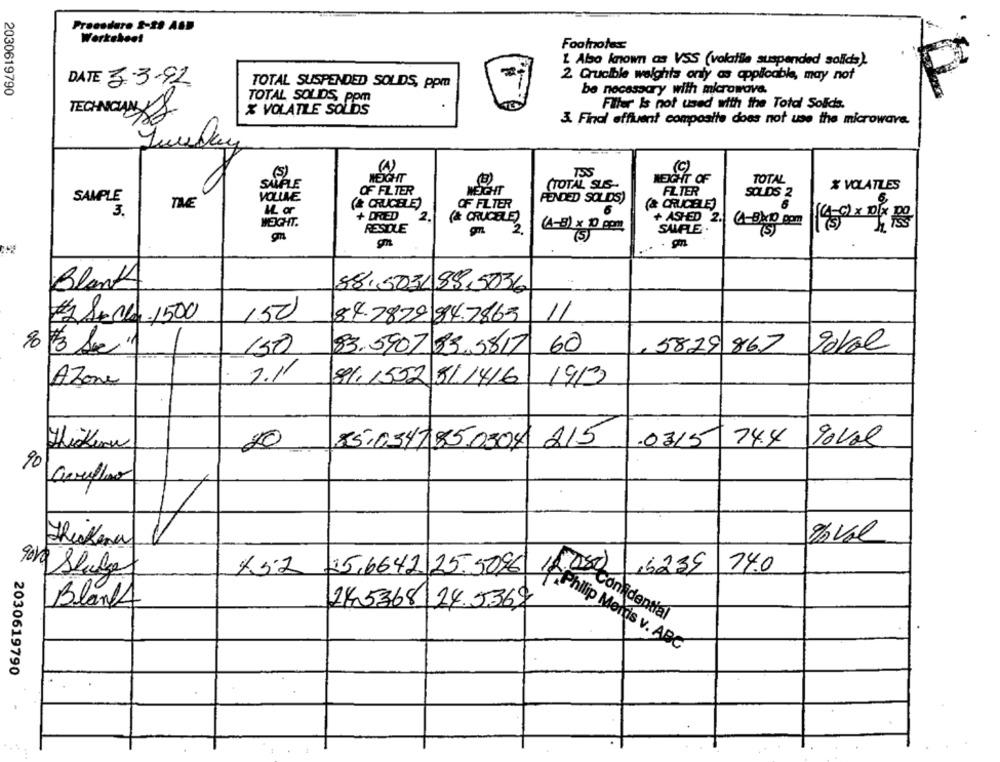
Procedure 2-29 ABD
Worksheet
Footnotex
L Also known as VSS (volatile suspended solids).
2 Crucible weights only as applicable, may not
DATE 3-3-92
TOTAL SUSPENDED SOLDS, ppm
2030619790
be necessary with microwave.
TOTAL SOLIDS, pom
Filter is not used with the Total Solids.
X VOLATILE SOLIDS
3. Final effluent composite does not use the microwave.
(1)
(c)
(5)
755
SAMPLE
WEIGHT
(TOTAL SUS-
WEIGHT OF
TOTAL
OF FILTER
WEIGHT
FILTER
% VOLATLES
SAMPLE
VOLLE
FENDED SOLDS)
SOLDS 2
THE
(& CRUCELE)
OF FILTER
(& CRUCELE)
3.
IL or
+ DRIED
2
(& CRUCELE)
+ ASHED 2.
14-0 × 10x
WEIGHT.
RESTLE
2.
(4-8) x 10 gom
SAMPLE
(S)
(5)
Blank
88,503/ 88,5036
#2 Secla 1500
150
84.2829 84.7863
11
0
8
83.5907 83.5817 60
5829 867
150
2.11
81, 1552 511416
1913
Azone
20
85,034785.0308 215
.0315
74.4
Povol
90
aeroflo
4
25.6642 25.5096
12.000
16239
74.0
90kg Shula
Blank
245368 24.5369
Confidential
Philip Morris v. ABC
2030619790